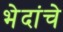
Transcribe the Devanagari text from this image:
भेदांचे